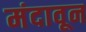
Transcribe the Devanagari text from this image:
मंदावून